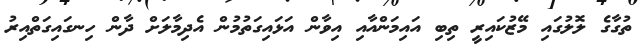
ތުގާގެ ލޮލުގައި މޭޒުކައިރީ ތިބި އައިމަންއާއި އިވާން އަޅައިގަތުމުން އެދިމާލަށް ދާން ހިނގައިގަތްއިރު